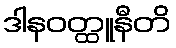
ဒါနဝတ္ထူနီတိ